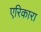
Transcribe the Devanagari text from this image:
एरिकारा